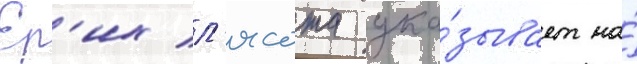
Ер'их л'ясота ука́зывает на́